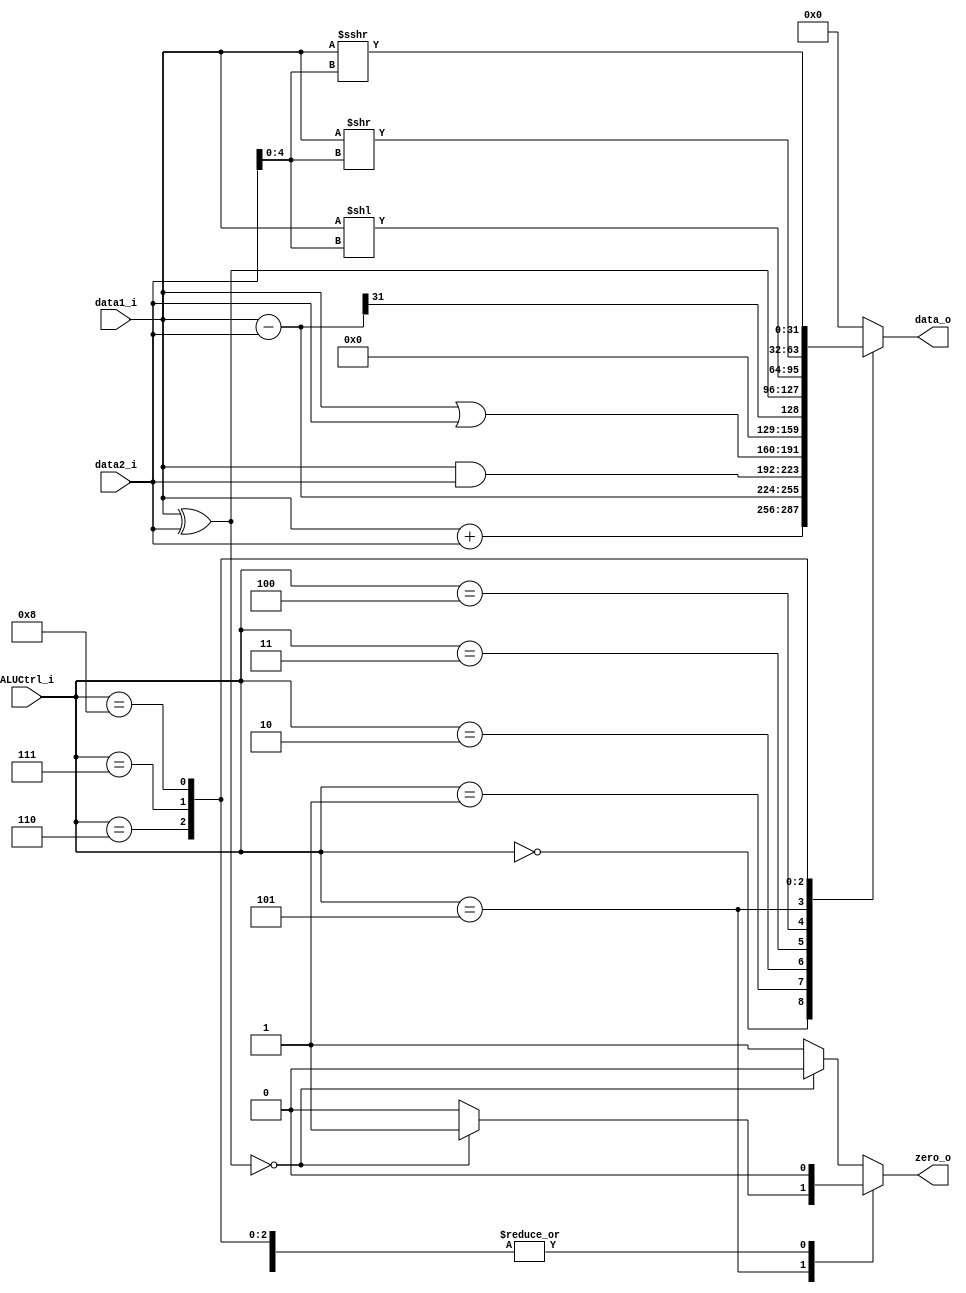
/*
Module: alu
Author: Chia-Jen Nieh
Description:
    Reading ALUCtrl_i and output corresponding results. 
    When ALUCrtl_i == 4'd0. it handles ADD, ADDI, LW, SW and JALR.
    When ALUCrtl_i == 4'd1. it handles SUB.
    When ALUCrtl_i == 4'd2. it handles AND and ANDI.
    When ALUCrtl_i == 4'd3. it handles OR and ORI.
    When ALUCrtl_i == 4'd4. it handles SLT and SLTI.
    When ALUCrtl_i == 4'd5. it handles XOR, XORI, BEQ.
    When ALUCrtl_i == 4'd6. it handles SLLI.
    When ALUCrtl_i == 4'd7. it handles SRLI.
    When ALUCrtl_i == 4'd8. it handles SRAI.
    When ALUCrtl_i == 4'd9. it handles BNE.
*/
module alu (
    ALUCtrl_i,
    data1_i,
    data2_i,
    zero_o,
    data_o
);
    //ISA to be handled
    //ADD:  0000000      rs2 rs1 000 rd          0110011
    //ADDI: IMM[11:0]        rs1 000 rd          0010011
    //LW:   IMM[11:0]        rs1 010 rd          0000011
    //SW:   IMM[11:5]    rs2 rs1 010 IMM[4:0]    0100011
    //JALR: IMM[11:0]        rs1 000 rd          1100111 //Byte address

    //SUB:  0100000      rs2 rs1 000 rd          0110011

    //AND:  0000000      rs2 rs1 111 rd          0110011
    //ANDI: IMM[11:0]        rs1 111 rd          0010011

    //OR:   0000000      rs2 rs1 110 rd          0110011
    //ORI:  IMM[11:0]        rs1 110 rd          0010011

    //XOR:  0000000      rs2 rs1 100 rd          0110011
    //XORI: IMM[11:0]        rs1 100 rd          0010011
    //BEQ:  IMM[12,10:5] rs2 rs1 000 IMM[4:1,11] 1100011 //Halfword address //Partially handled by ALU, PC + imm is outside of ALU
    
    //BNE:  IMM[12,10:5] rs2 rs1 001 IMM[4:1,11] 1100011 //Halfword address //Partially handled by ALU, PC + imm is outside of ALU
    
    //SLLI: 0000000      sha rs1 001 rd          0010011

    //SRLI: 0000000      sha rs1 101 rd          0010011

    //SRAI: 0100000      sha rs1 101 rd          0010011
    
    //SLT:  0000000      rs2 rs1 010 rd          0110011
    //SLTI: IMM[11:0]        rs1 010 rd          0010011
    
    //JAL:  IMM[20,10:1,11,19:12]    rd          1101111 //Halfword address //Not handled by ALU, PC + imm is outside of ALU

    `define ADD 4'd0
    `define SUB 4'd1
    `define AND 4'd2
    `define OR  4'd3
    `define SLT 4'd4
    `define XOR 4'd5
    `define SLL 4'd6
    `define SRL 4'd7
    `define SRA 4'd8
    `define BNE 4'd9

    input      [31:0] data1_i, data2_i;
    input      [3:0]  ALUCtrl_i;
    output reg        zero_o;
    output reg [31:0] data_o;

    reg [31:0] add_result, sub_result, and_result, or_result, xor_result, sll_result, srl_result, sra_result;

    always @(*) begin
        add_result = data1_i + data2_i;
        sub_result = data1_i - data2_i;
        and_result = data1_i & data2_i;
        or_result  = data1_i | data2_i;
        xor_result = data1_i ^ data2_i;
        sll_result = data1_i << data2_i[4:0];
        srl_result = data1_i >> data2_i[4:0];
        sra_result = $signed(data1_i) >>> data2_i[4:0];
    end

    always @(*) begin
        case (ALUCtrl_i)
            `ADD: begin
                data_o = add_result;
                zero_o = 1'b0;
            end
            `SUB: begin
                data_o = sub_result;
                zero_o = 1'b0;
            end
            `AND: begin
                data_o = and_result;
                zero_o = 1'b0;
            end
            `OR: begin
                data_o = or_result;
                zero_o = 1'b0;
            end
            `SLT: begin
                data_o = {31'd0, sub_result[31]};
                zero_o = 1'b0;
            end
            `XOR: begin
                data_o = xor_result;
                zero_o = (xor_result == 32'd0) ? 1'b1 : 1'b0; //For BEQ
            end
            `SLL: begin
                data_o = sll_result;
                zero_o = 1'b0;
            end
            `SRL: begin
                data_o = srl_result;
                zero_o = 1'b0;
            end
            `SRA: begin
                data_o = sra_result;
                zero_o = 1'b0;
            end
            default: begin //BNE
                data_o = 32'd0;
                zero_o = (xor_result == 32'd0) ? 1'b0 : 1'b1; //For BNE
            end
        endcase
    end

endmodule